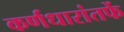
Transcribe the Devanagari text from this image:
कर्णधारांतर्फे